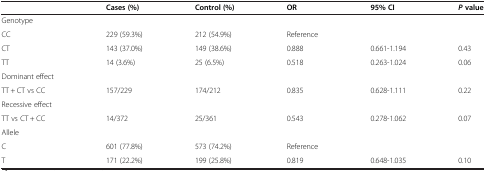
<table><thead><tr><td><b> </b></td><td><b>Cases (%)</b></td><td><b>Control (%)</b></td><td><b>OR</b></td><td><b>95% CI</b></td><td><b><i>P </i>value</b></td></tr></thead><tbody><tr><td>Genotype</td><td> </td><td> </td><td> </td><td> </td><td> </td></tr><tr><td>CC</td><td>229 (59.3%)</td><td>212 (54.9%)</td><td>Reference</td><td> </td><td> </td></tr><tr><td>CT</td><td>143 (37.0%)</td><td>149 (38.6%)</td><td>0.888</td><td>0.661-1.194</td><td>0.43</td></tr><tr><td>TT</td><td>14 (3.6%)</td><td>25 (6.5%)</td><td>0.518</td><td>0.263-1.024</td><td>0.06</td></tr><tr><td>Dominant effect</td><td> </td><td> </td><td> </td><td> </td><td> </td></tr><tr><td>TT + CT vs CC</td><td>157/229</td><td>174/212</td><td>0.835</td><td>0.628-1.111</td><td>0.22</td></tr><tr><td>Recessive effect</td><td> </td><td> </td><td> </td><td> </td><td> </td></tr><tr><td>TT vs CT + CC</td><td>14/372</td><td>25/361</td><td>0.543</td><td>0.278-1.062</td><td>0.07</td></tr><tr><td>Allele</td><td> </td><td> </td><td> </td><td> </td><td> </td></tr><tr><td>C</td><td>601 (77.8%)</td><td>573 (74.2%)</td><td>Reference</td><td> </td><td> </td></tr><tr><td>T</td><td>171 (22.2%)</td><td>199 (25.8%)</td><td>0.819</td><td>0.648-1.035</td><td>0.10</td></tr></tbody></table>